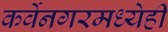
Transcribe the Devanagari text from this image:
कर्वेनगरमध्येही